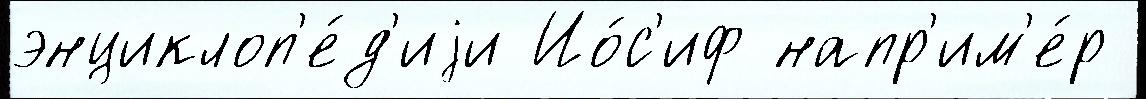
энциклоп'е́д'иjи Ио́с'иф напр'им'е́р